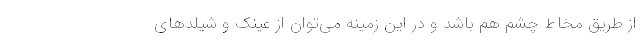
از طریق مخاط چشم هم باشد و در این زمینه می‌توان از عینک و شیلدهای